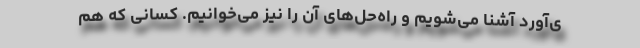
ی‌آورد آشنا می‌شویم و راه‌حل‌های آن را نیز می‌خوانیم. کسانی که هم